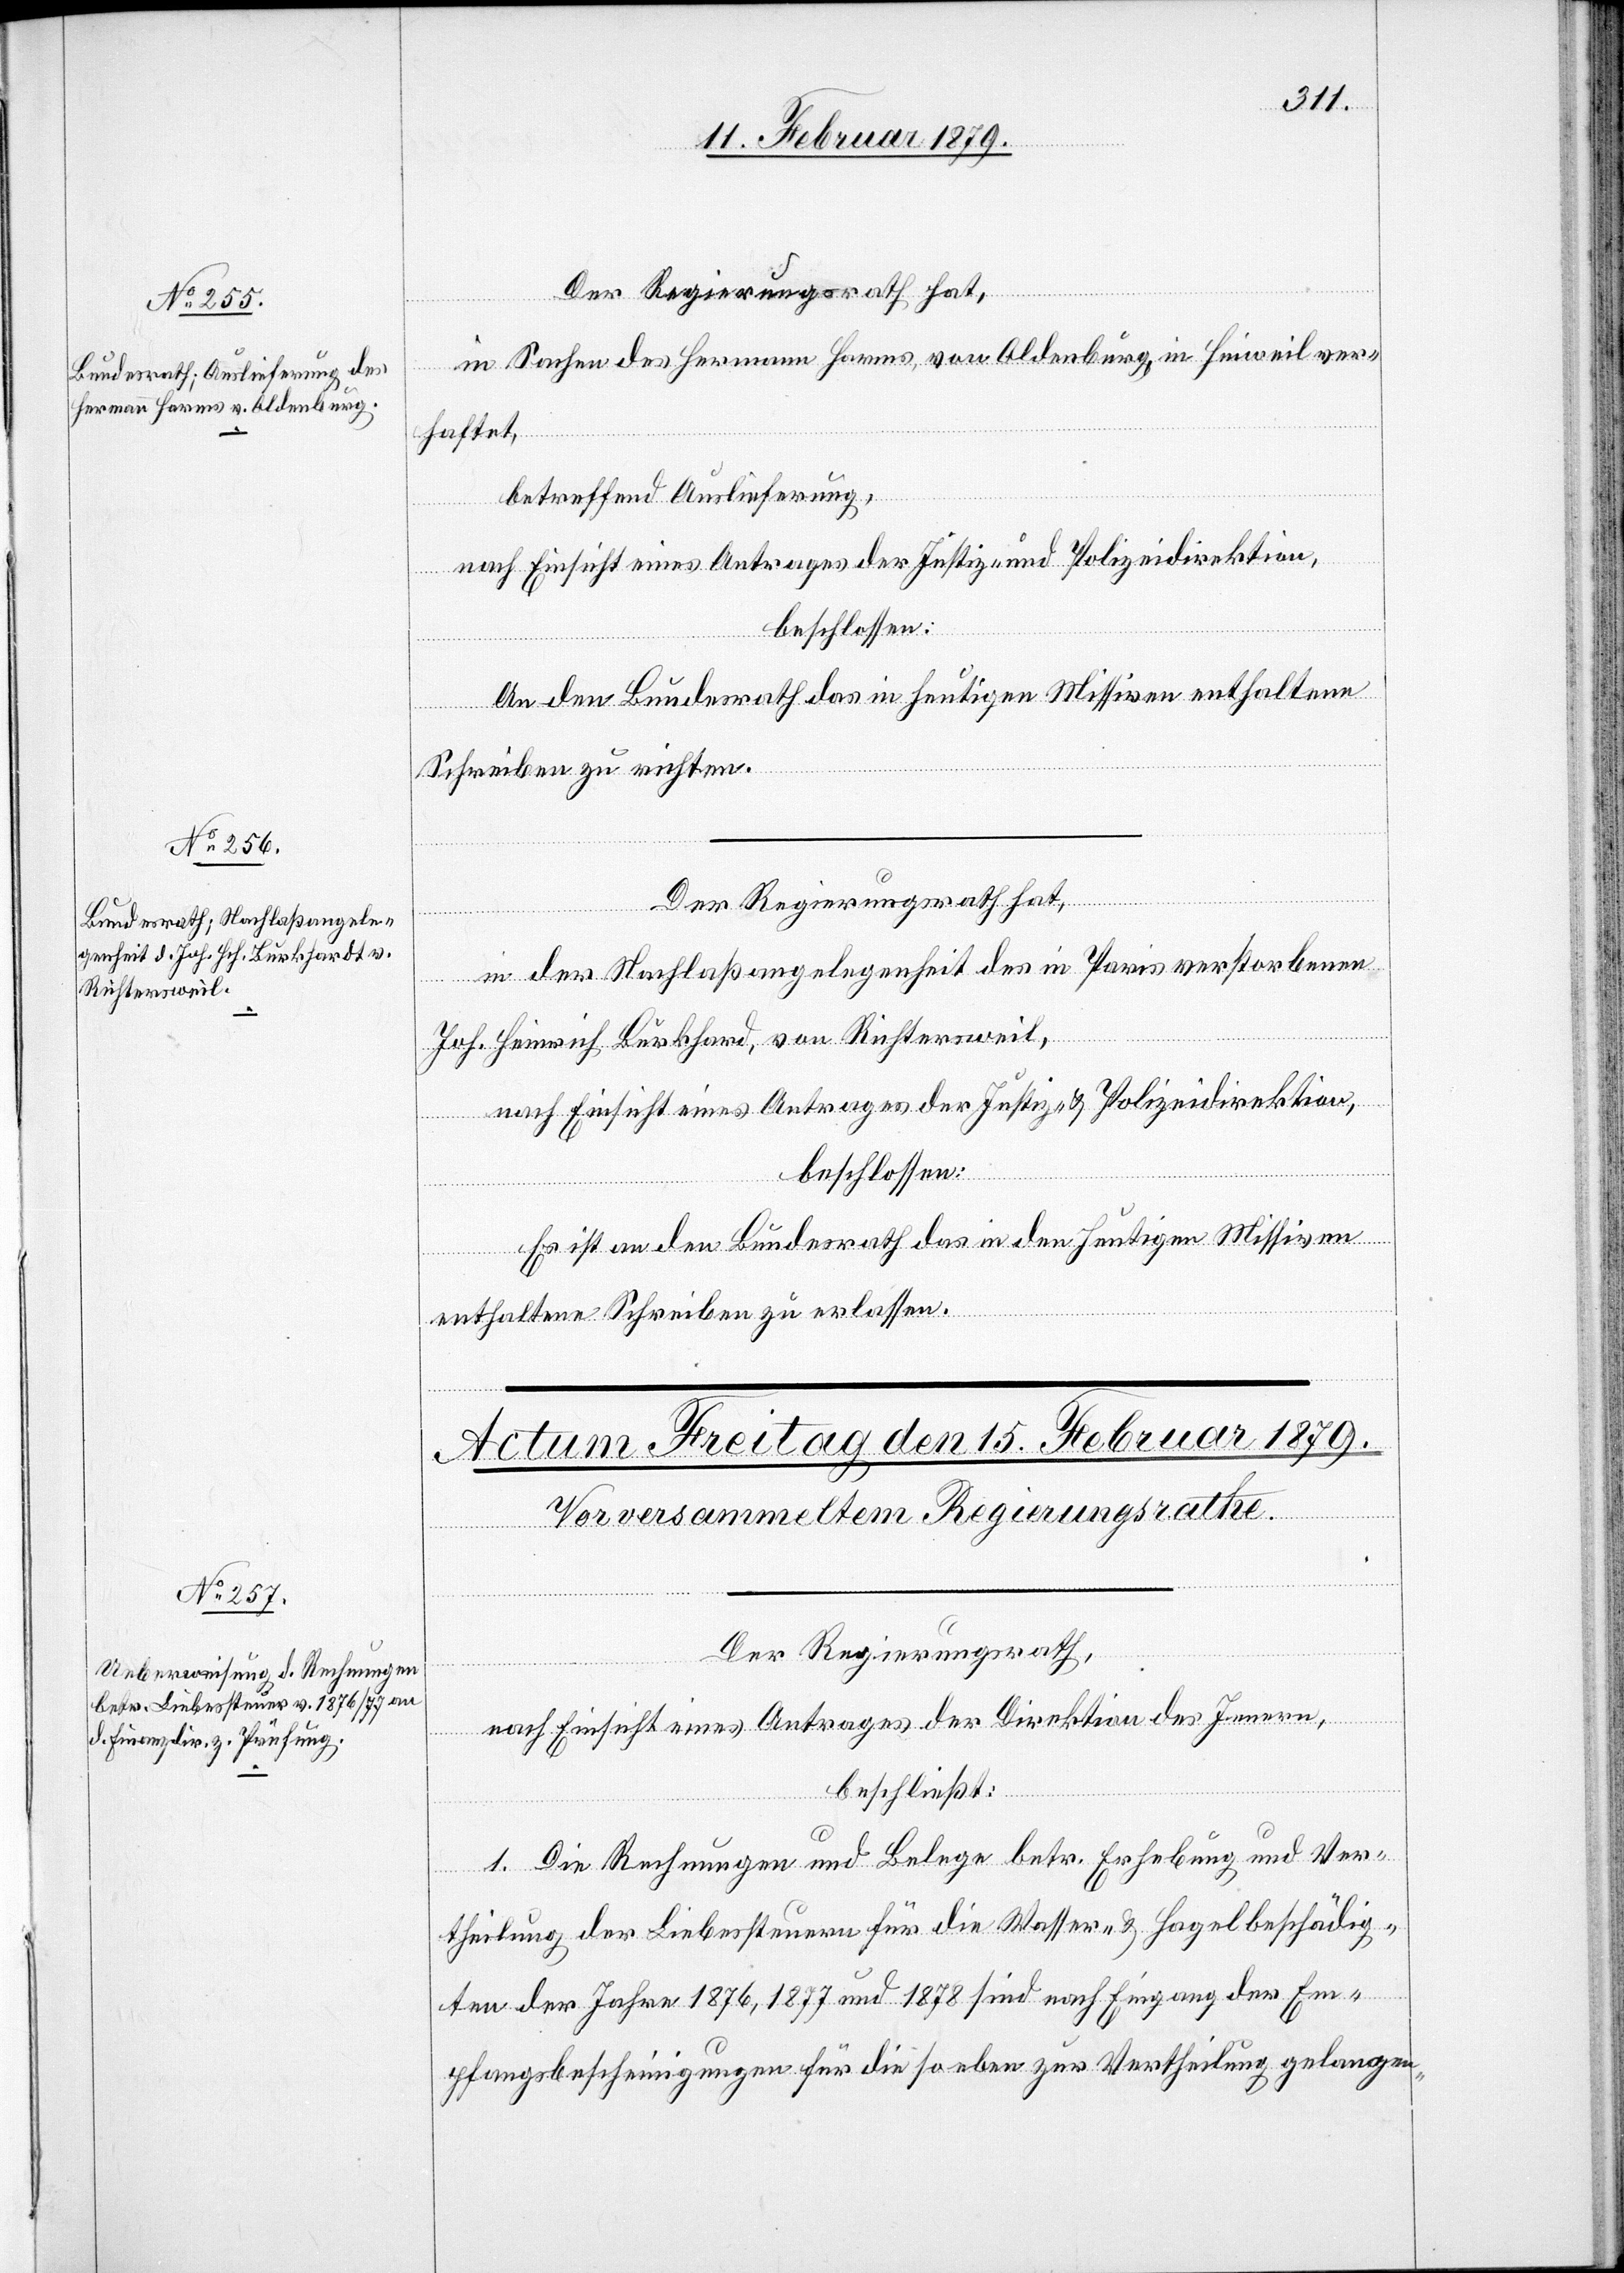
Richtersweil,

14. Februar 1879]
Der Regierungsrath hat,
in Sachen des Hermann Harms, von Oldenburg, in Hinweil ver¬
von
haftet,
betreffend Auslieferung,
nach Einsicht eines Antrages der Justiz- und Polizeidirektion,
beschlossen:
An den Bundesrath das in heutigen Missiven enthaltene
Burkhard
Schreiben zu richten.
Der Regierungsrath hat,
in der Nachlaßangelegenheit des in Paris verstorbenen
nach Einsicht eines Antrages der Justiz- & Polizeidirektion,
beschlossen:
Es ist an den Bundesrath das in den heutigen Missiven
Joh.
enthaltene Schreiben zu erlassen.
Der Regierungsrath,
nach Einsicht eines Antrages der Direktion des Innern,
beschließt:
1. Die Rechnungen und Belege betr. Erhebung und Ver¬
theilung der Liebessteuern für die Wasser- & Hagelbeschädig¬
ten der Jahre 1876, 1877 und 1878 sind nach Eingang der Em¬
pfangsbescheinigungen für die soeben zur Vertheilung gelangen-